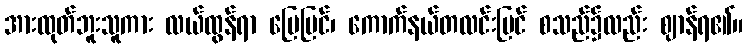
အားထုတ်ဘူးသူကား လယ်ထွန်ရာ မြေပြင်၊ ကောက်နယ်တလင်းပြင် စသည်၌လည်း ဈာန်ရ၏။